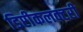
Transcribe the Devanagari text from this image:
डिप्टीकलक्टरी